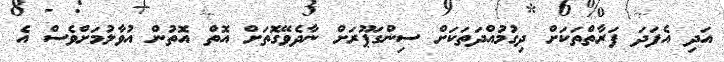
އަދި އެފަދަ ފަރާތްތަކަށް ދިގުމުއްދަތަކަށް ސިންގަޕޫރަށް ނާދެވޭގޮތަށް އޮތް އޮތުން އުވާލުމަށްވެސް އެ